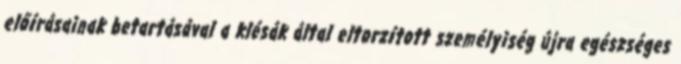
előírásainak betartásával a klésák által eltorzított személyiség újra egészséges